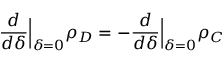
\frac { d } { d \delta } \Big \vert _ { \delta = 0 } \rho _ { D } = - \frac { d } { d \delta } \Big \vert _ { \delta = 0 } \rho _ { C }